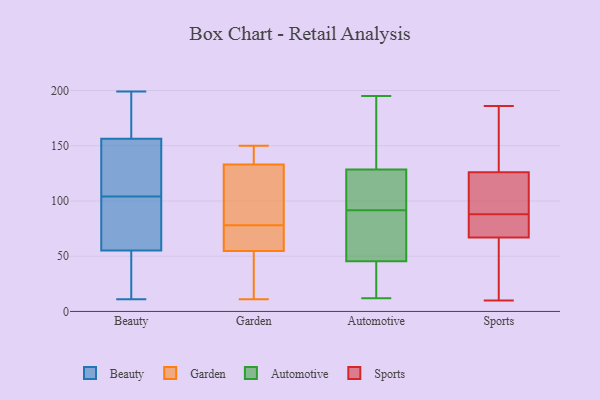
{"axis": {"x": "Temperature (°C)", "y": "Value"}, "legend": ["Automotive", "Beauty", "Garden", "Sports"], "data": [{"x": "", "y": 101, "type": "Beauty"}, {"x": "", "y": 33, "type": "Beauty"}, {"x": "", "y": 177, "type": "Beauty"}, {"x": "", "y": 125, "type": "Beauty"}, {"x": "", "y": 145, "type": "Beauty"}, {"x": "", "y": 30, "type": "Beauty"}, {"x": "", "y": 11, "type": "Beauty"}, {"x": "", "y": 160, "type": "Beauty"}, {"x": "", "y": 73, "type": "Beauty"}, {"x": "", "y": 104, "type": "Beauty"}, {"x": "", "y": 133, "type": "Beauty"}, {"x": "", "y": 199, "type": "Beauty"}, {"x": "", "y": 56, "type": "Beauty"}, {"x": "", "y": 167, "type": "Beauty"}, {"x": "", "y": 55, "type": "Beauty"}, {"x": "", "y": 147, "type": "Garden"}, {"x": "", "y": 124, "type": "Garden"}, {"x": "", "y": 49, "type": "Garden"}, {"x": "", "y": 25, "type": "Garden"}, {"x": "", "y": 136, "type": "Garden"}, {"x": "", "y": 123, "type": "Garden"}, {"x": "", "y": 74, "type": "Garden"}, {"x": "", "y": 150, "type": "Garden"}, {"x": "", "y": 11, "type": "Garden"}, {"x": "", "y": 72, "type": "Garden"}, {"x": "", "y": 78, "type": "Garden"}, {"x": "", "y": 123, "type": "Automotive"}, {"x": "", "y": 113, "type": "Automotive"}, {"x": "", "y": 68, "type": "Automotive"}, {"x": "", "y": 149, "type": "Automotive"}, {"x": "", "y": 176, "type": "Automotive"}, {"x": "", "y": 43, "type": "Automotive"}, {"x": "", "y": 114, "type": "Automotive"}, {"x": "", "y": 37, "type": "Automotive"}, {"x": "", "y": 70, "type": "Automotive"}, {"x": "", "y": 119, "type": "Automotive"}, {"x": "", "y": 35, "type": "Automotive"}, {"x": "", "y": 165, "type": "Automotive"}, {"x": "", "y": 48, "type": "Automotive"}, {"x": "", "y": 115, "type": "Automotive"}, {"x": "", "y": 61, "type": "Automotive"}, {"x": "", "y": 195, "type": "Automotive"}, {"x": "", "y": 55, "type": "Automotive"}, {"x": "", "y": 134, "type": "Automotive"}, {"x": "", "y": 12, "type": "Automotive"}, {"x": "", "y": 22, "type": "Automotive"}, {"x": "", "y": 112, "type": "Sports"}, {"x": "", "y": 61, "type": "Sports"}, {"x": "", "y": 132, "type": "Sports"}, {"x": "", "y": 88, "type": "Sports"}, {"x": "", "y": 146, "type": "Sports"}, {"x": "", "y": 80, "type": "Sports"}, {"x": "", "y": 88, "type": "Sports"}, {"x": "", "y": 73, "type": "Sports"}, {"x": "", "y": 120, "type": "Sports"}, {"x": "", "y": 47, "type": "Sports"}, {"x": "", "y": 186, "type": "Sports"}, {"x": "", "y": 149, "type": "Sports"}, {"x": "", "y": 10, "type": "Sports"}, {"x": "", "y": 51, "type": "Sports"}, {"x": "", "y": 82, "type": "Sports"}, {"x": "", "y": 112, "type": "Sports"}]}